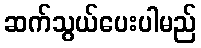
ဆက်သွယ်ပေးပါမည်